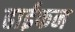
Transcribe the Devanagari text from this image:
हाईफन